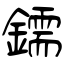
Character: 鑐